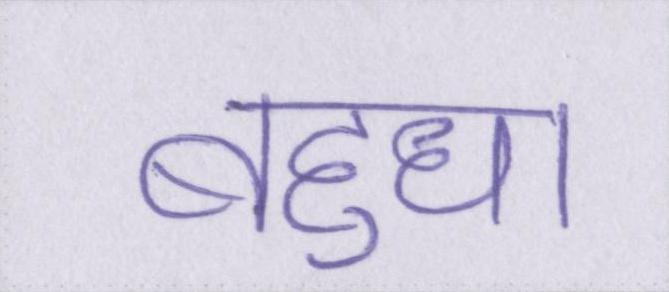
बहुधा